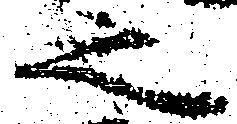
之